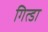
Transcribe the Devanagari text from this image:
गित्डा